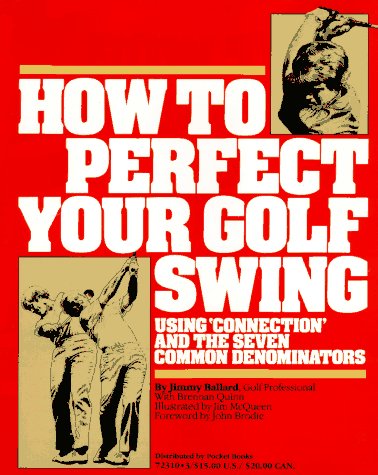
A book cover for How to Perfect Your Golf Swing: Using Connection and the Seven Common Denominators (A Golf Digest Book); Jimmy Ballard; Sports & Outdoors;